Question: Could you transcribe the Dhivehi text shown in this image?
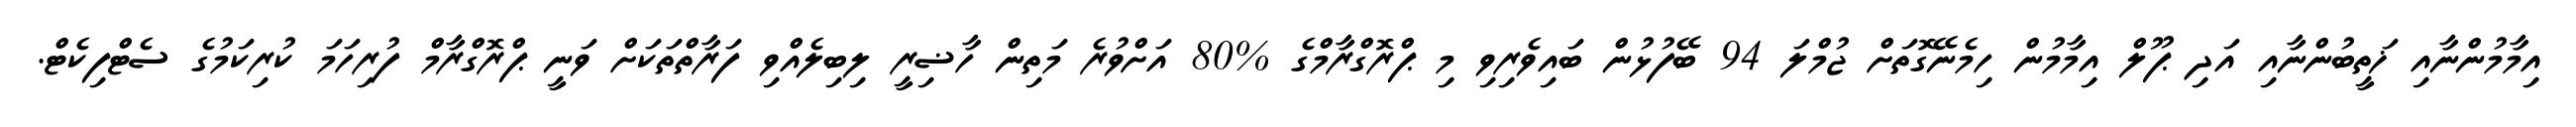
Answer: އިމާމުންނާއި ޚަތީބުންނާއި އަދި ޕޫލް އިމާމުން ހިމެނޭގޮތަށް ޖުމްލަ 94 ބޭފުޅުން ބައިވެރިވި މި ޕްރޮގްރާމްގެ %80 އަށްވުރެ މަތިން ހާޟިރީ ލިބިލެއްވި ފަރާތްތަކަށް ވަނީ ޕްރޮގްރާމް ފުރިހަމަ ކުރިކަމުގެ ސެޓްފިކެޓް.